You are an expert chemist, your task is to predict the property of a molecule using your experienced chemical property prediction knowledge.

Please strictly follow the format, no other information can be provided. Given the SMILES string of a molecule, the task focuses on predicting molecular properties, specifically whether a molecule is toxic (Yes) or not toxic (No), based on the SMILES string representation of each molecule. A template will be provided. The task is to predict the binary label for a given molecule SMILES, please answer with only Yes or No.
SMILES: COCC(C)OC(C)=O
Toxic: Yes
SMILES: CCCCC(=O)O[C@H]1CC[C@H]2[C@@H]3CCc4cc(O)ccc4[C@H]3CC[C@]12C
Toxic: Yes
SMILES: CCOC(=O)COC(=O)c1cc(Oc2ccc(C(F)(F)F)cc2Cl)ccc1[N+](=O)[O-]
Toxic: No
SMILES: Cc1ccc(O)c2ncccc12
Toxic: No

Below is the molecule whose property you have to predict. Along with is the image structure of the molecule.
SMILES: CCCOC(=O)c1cncn1C(C)c1ccccc1
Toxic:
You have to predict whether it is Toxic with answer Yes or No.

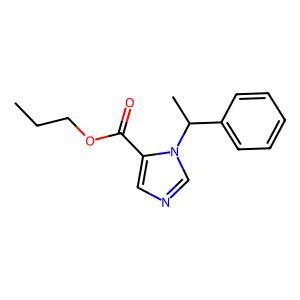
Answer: No